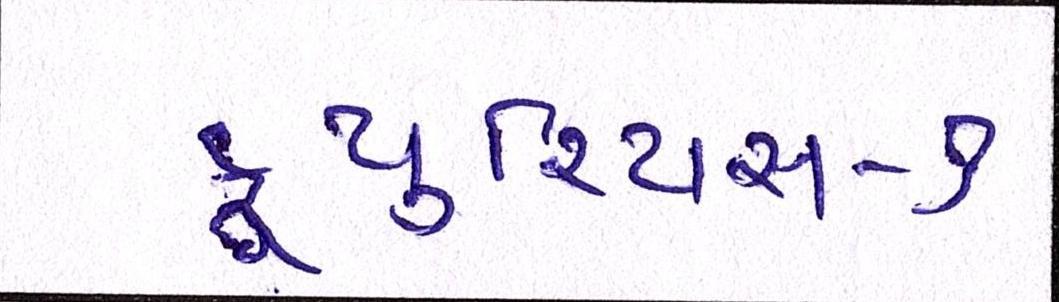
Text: ફ્યુરિયસ-૭